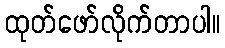
ထုတ်ဖော်လိုက်တာပါ။